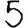
Digit: 5